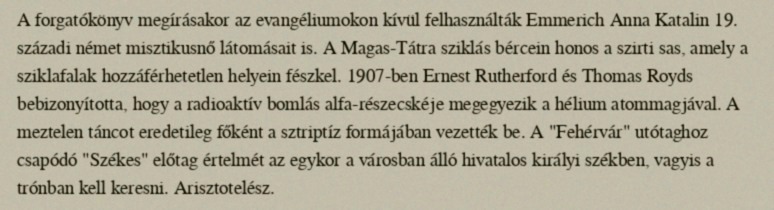
A forgatókönyv megírásakor az evangéliumokon kívül felhasználták Emmerich Anna Katalin 19. századi német misztikusnő látomásait is. A Magas-Tátra sziklás bércein honos a szirti sas, amely a sziklafalak hozzáférhetetlen helyein fészkel. 1907-ben Ernest Rutherford és Thomas Royds bebizonyította, hogy a radioaktív bomlás alfa-részecskéje megegyezik a hélium atommagjával. A meztelen táncot eredetileg főként a sztriptíz formájában vezették be. A "Fehérvár" utótaghoz csapódó "Székes" előtag értelmét az egykor a városban álló hivatalos királyi székben, vagyis a trónban kell keresni. Arisztotelész.